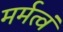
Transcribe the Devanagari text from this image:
मर्मत्वं